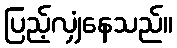
ပြည့်လျှံနေသည်။